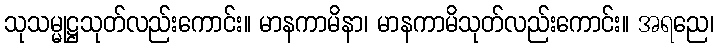
သုသမ္မုဋ္ဌသုတ်လည်းကောင်း။ မာနကာမိနာ၊ မာနကာမိသုတ်လည်းကောင်း။ အရညေ၊